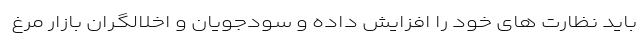
باید نظارت های خود را افزایش داده و سودجویان و اخلالگران بازار مرغ